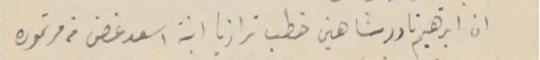
ان ابرهيم نادر شاهين خطب ترازيا ابنة اسعد غصن من مرتموره